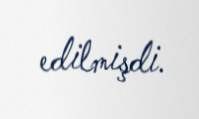
edilmişdi.